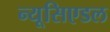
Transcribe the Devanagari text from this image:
न्यूसिएडल